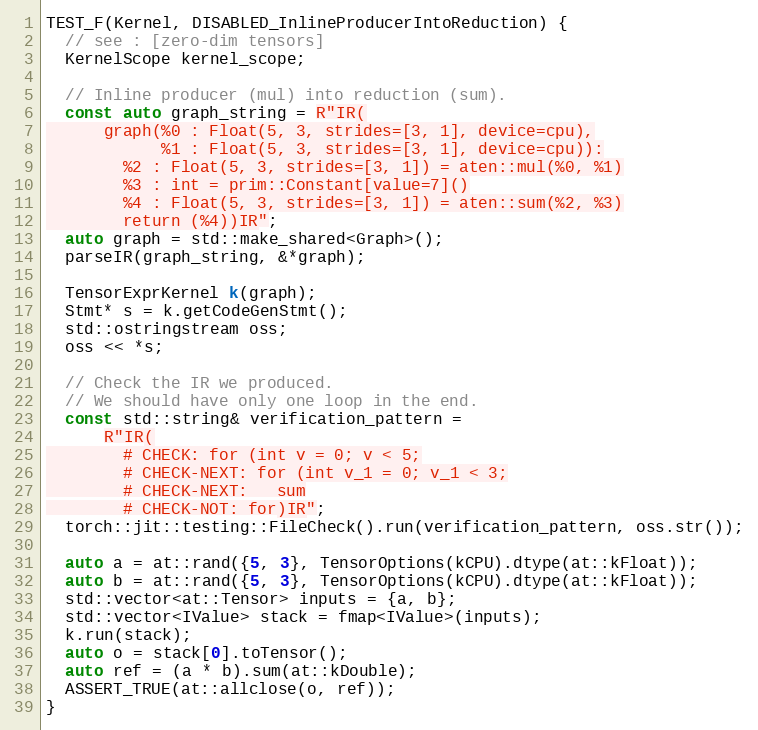
Language: C++
TEST_F(Kernel, DISABLED_InlineProducerIntoReduction) {
  // see : [zero-dim tensors]
  KernelScope kernel_scope;

  // Inline producer (mul) into reduction (sum).
  const auto graph_string = R"IR(
      graph(%0 : Float(5, 3, strides=[3, 1], device=cpu),
            %1 : Float(5, 3, strides=[3, 1], device=cpu)):
        %2 : Float(5, 3, strides=[3, 1]) = aten::mul(%0, %1)
        %3 : int = prim::Constant[value=7]()
        %4 : Float(5, 3, strides=[3, 1]) = aten::sum(%2, %3)
        return (%4))IR";
  auto graph = std::make_shared<Graph>();
  parseIR(graph_string, &*graph);

  TensorExprKernel k(graph);
  Stmt* s = k.getCodeGenStmt();
  std::ostringstream oss;
  oss << *s;

  // Check the IR we produced.
  // We should have only one loop in the end.
  const std::string& verification_pattern =
      R"IR(
        # CHECK: for (int v = 0; v < 5;
        # CHECK-NEXT: for (int v_1 = 0; v_1 < 3;
        # CHECK-NEXT:   sum
        # CHECK-NOT: for)IR";
  torch::jit::testing::FileCheck().run(verification_pattern, oss.str());

  auto a = at::rand({5, 3}, TensorOptions(kCPU).dtype(at::kFloat));
  auto b = at::rand({5, 3}, TensorOptions(kCPU).dtype(at::kFloat));
  std::vector<at::Tensor> inputs = {a, b};
  std::vector<IValue> stack = fmap<IValue>(inputs);
  k.run(stack);
  auto o = stack[0].toTensor();
  auto ref = (a * b).sum(at::kDouble);
  ASSERT_TRUE(at::allclose(o, ref));
}